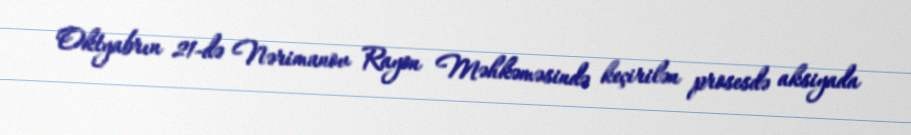
Oktyabrın 21-də Nərimanov Rayon Məhkəməsində keçirilən prosesdə aksiyada